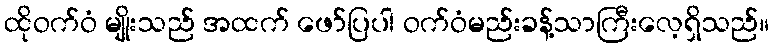
ထိုဝက်ဝံ မျိုးသည် အထက် ဖော်ပြပါ ဝက်ဝံမည်းခန့်သာကြီးလေ့ရှိသည်။